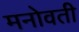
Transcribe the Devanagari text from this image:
मनोवती